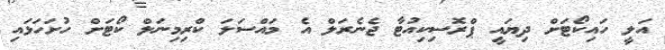
އަލީ ހައިކޯޓަށް ދިޔައީ ޕްރޮސިކިއުޓާ ޖެނެރަލް އެ މައްސަލަ ކްރިމިނަލް ކޯޓަށް ހުށަހަޅައި